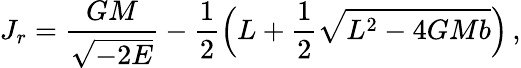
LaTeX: J_{r}=\frac{GM}{\sqrt{-2E}}-\frac{1}{2}\Big(L+\frac{1}{2}\sqrt{L^{2}-4GMb}\Big)\, ,